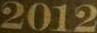
2012